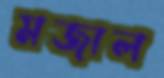
মজাল